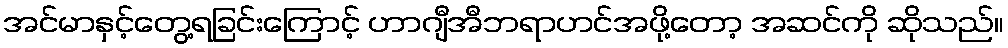
အင်မာနှင့်တွေ့ရခြင်းကြောင့် ဟာဂျီအီဘရာဟင်အဖို့တော့ အဆင်ကို ဆိုသည်။